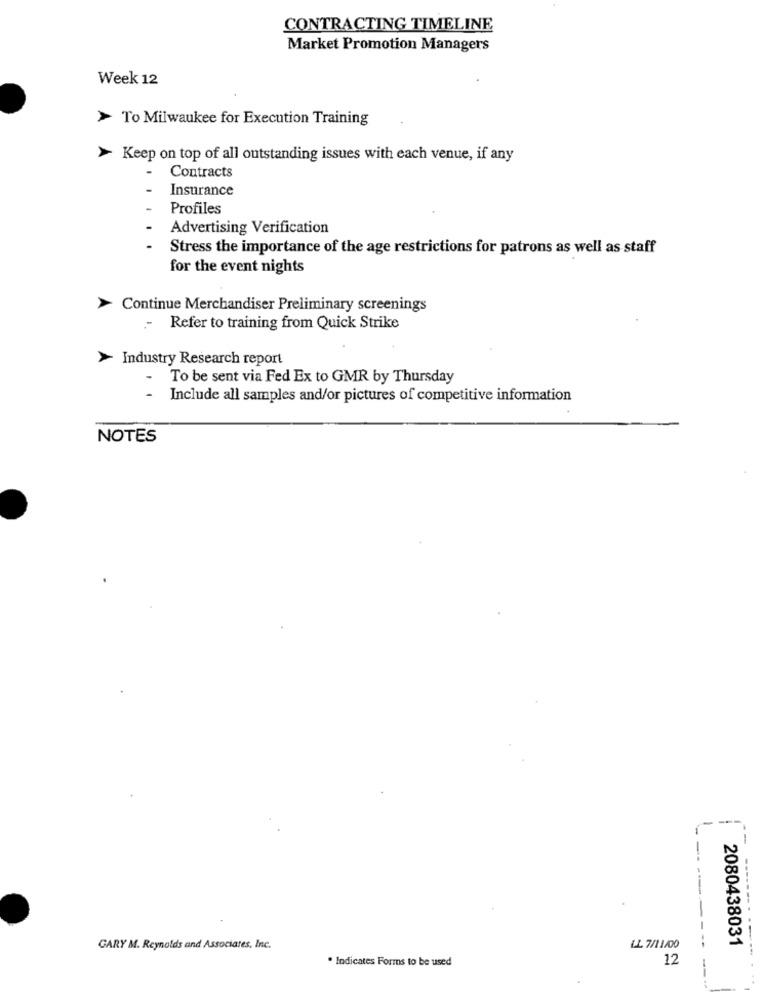
CONTRACTING TIMELINE
Market Promotion Managers
Week 12
To Milwaukee for Execution Training
> Keep on top of all outstanding issues with each venue, if any
Contracts
Insurance
Profiles
Advertising Verification
Stress the importance of the age restrictions for patrons as well as staff
for the event nights
Continue Merchandiser Preliminary screenings
Refer to training from Quick Strike
Industry Research report
To be sent via Fed Ex to GMR by Thursday
Include all samples and/or pictures of competitive information
NOTES
--
-
--
----
---
2080438031
GARY M. Reynolds and Associates, Inc.
LL 7/11/00
. Indicates Forms to be used
12
-- -